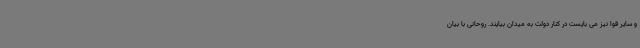
و سایر قوا نیز می بایست در کنار دولت به میدان بیایند. روحانی با بیان